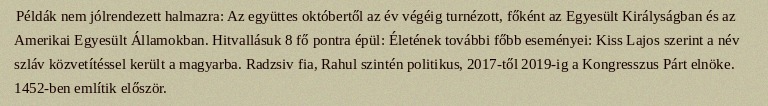
Példák nem jólrendezett halmazra: Az együttes októbertől az év végéig turnézott, főként az Egyesült Királyságban és az Amerikai Egyesült Államokban. Hitvallásuk 8 fő pontra épül: Életének további főbb eseményei: Kiss Lajos szerint a név szláv közvetítéssel került a magyarba. Radzsiv fia, Rahul szintén politikus, 2017-től 2019-ig a Kongresszus Párt elnöke. 1452-ben említik először.